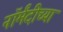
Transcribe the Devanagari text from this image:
नॉर्मंदीच्या